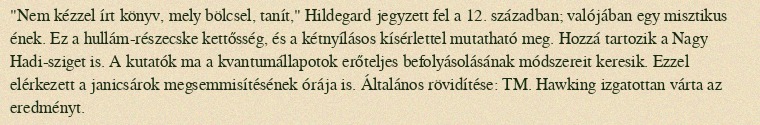
"Nem kézzel írt könyv, mely bölcsel, tanít," Hildegard jegyzett fel a 12. században; valójában egy misztikus ének. Ez a hullám-részecske kettősség, és a kétnyílásos kísérlettel mutatható meg. Hozzá tartozik a Nagy Hadi-sziget is. A kutatók ma a kvantumállapotok erőteljes befolyásolásának módszereit keresik. Ezzel elérkezett a janicsárok megsemmisítésének órája is. Általános rövidítése: TM. Hawking izgatottan várta az eredményt.